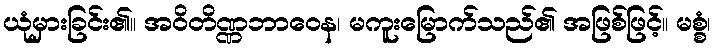
ယုံမှားခြင်း၏။ အဝိတိဏ္ဏဘာဝေန၊ မကူးမြောက်သည်၏ အဖြစ်ဖြင့်။ မစ္စံ၊